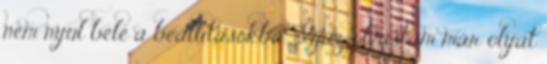
nem nyúl bele a beállításokba. Igaz, olvastam már olyat